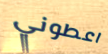
اعطوني